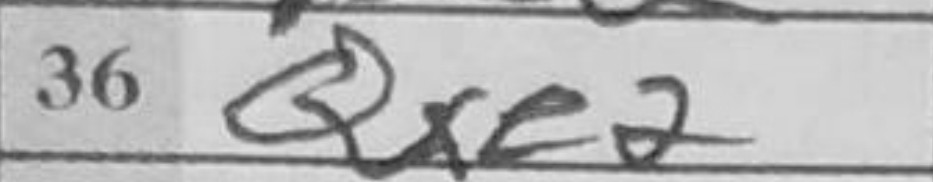
Transcription: Qxe2